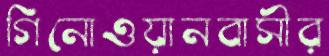
গিনোওয়ানবাসীর